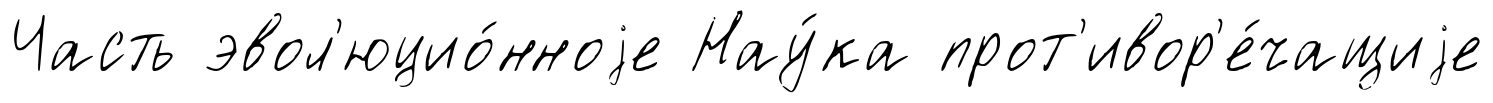
Часть эвол'юцио́нноjе Нау́ка прот'ивор'е́чащиjе